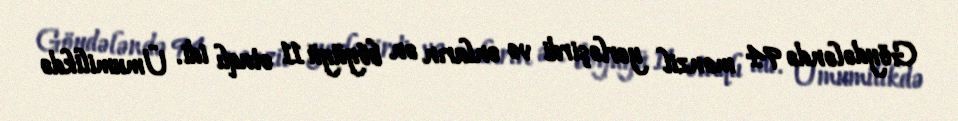
Göydələndə 94 mənzil yerləşirdi və onların ən böyüyü 11 otaqlı idi. Ümumilikdə